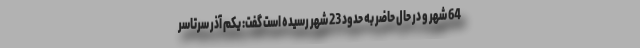
64 شهر و در حال حاضر به حدود 23 شهر رسیده است گفت: یکم آذر سرتاسر